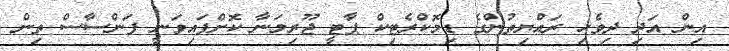
އިން އަދި ދިވެހި ރައްޔިތުންގެ ޑިމޮކްރެޓިކް ޕާޓީ ޖޫރިމަނާ ކޮށްފައިވަނީ ފަންސާސް ތިން